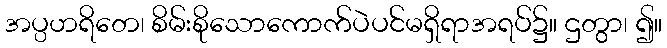
အပ္ပဟရိတေ၊ စိမ်းစိုသောကောက်ပဲပင်မရှိရာအရပ်၌။ ဌတွာ၊ ၍။